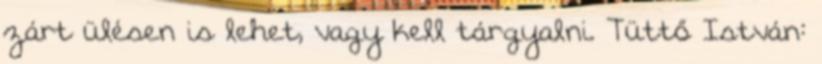
zárt ülésen is lehet, vagy kell tárgyalni. Tüttő István: